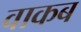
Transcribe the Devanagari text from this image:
वाकब